Vaccination in Burma 1889-1999 - 1889-1999
Year: 1889
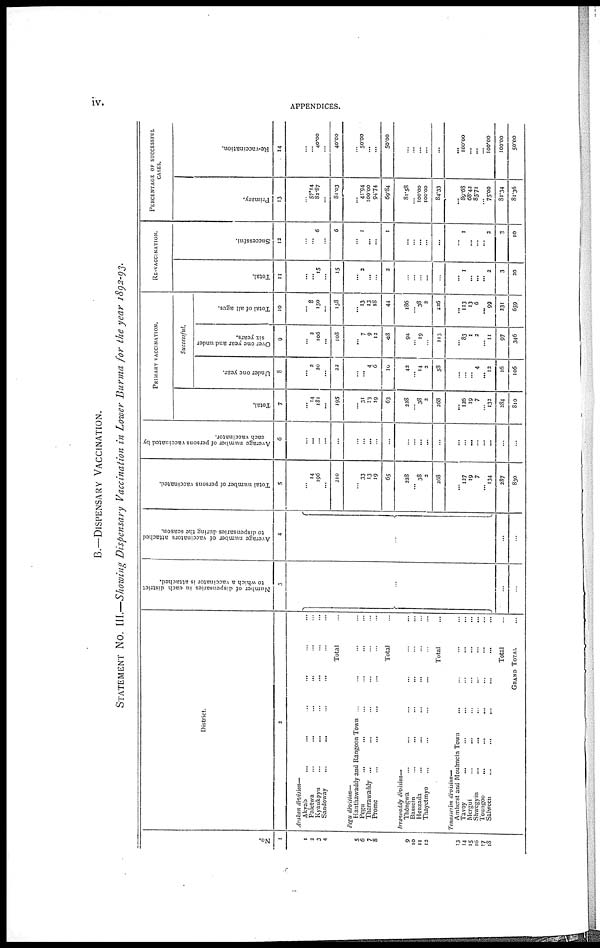
iv.
APPENDICES.
B.—DISPENSARY VACCINATION.
STATEMENT No. III.—Showing Dispensary Vaccination in Lower Burma for the year 1892-93.
No.
1
1
2
3
4
5
6
7
8
9
10
11
13
13
14
15
16
17
18
District.
2
Arakan division—
Akyab... ... ...
Paletwa... ... ...
Kyaukpyn
...
...
...
...
...
Sandoway...
...
...
...
Total...
Pegu division—
Hanthawaddy and Rangoon Town ... ... ...
Pegu... ...
Tharrawaddy... ... ... ...
Prome... ... ... ... ...
Total...
Irrawaddy division—
Thongwa... ... ... ... ...
Bassein... ... ... ...
Henzada... ... ... ...
Thayetmyo... ... ... ...
Total...
Tenasserim division—
Amherst and Mouimein Town... ... ...
Tavoy
...
...
...
...
Mergui... ... ... ...
Shwegyin...
...
...
...
Toungoo... ... ... ...
Salween...
...
...
...
Total... ...
GRAND TOTAL... ...
Number of dispensaries in each district
to which a vaccinator is attached.
3
...
...
...
Average number of vaccinators attached
to dispensaries during the season.
4
...
...
...
Total number of persons vaccinated.
5
...
14
196
...
210
...
33
13
19
65
328
... 38
2
268
... 127
19
7
...
134
287
830
Average number of persons vaccinated by
each vaccinator.
6
...
...
...
...
...
...
...
...
...
...
...
...
...
...
...
...
...
...
...
...
...
...
...
PRIMARY VACCINATION.
Total.
7
...
14
181
...
195
...
31
13
19
63
328
...
38
2
268
...
126
19
7
...
132
384
810
Successful.
Under one year.
8
...
2
20
...
22
...
... 4
6
10
42
...
14
3
58
...
...
... 4
... 12
16
106
Over one year and under
six years.
9
...
3
106
...
108
... 7
9
12
48
94
...
19
...
113
...
83
1
2
...
11
97
346
Total of all ages.
10
...
8
150
...
158
... 13
13
18
44
186
...
38
2
226
...
113
13
6
... 99
231
659
RE-VACCINATION.
Total.
11
...
...
15
...
15
... 3
...
...
2
...
...
...
...
...
... 1
...
...
... 2
3
30
Successful.
12
...
...
6
...
6
... 1
...
...
1
...
...
...
...
...
... 1
...
...
... 2
3
10
PERCENTAGE OF SUCCESSFUL
CASES.
Primary.
13
...
57.14
82.87
...
81.03
...
41.94
100.00
94.74
69.84
81.58
... 100.00
100.00
84.33
... 89.68
68.43
85.71
...
75.00
81.34
81.36
Re-vaccination.
14
...
...
40.00
...
40.00
...
50.00
...
...
50.00
...
...
...
...
...
... 100.00
...
...
...
100.00
100.00
50.00